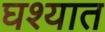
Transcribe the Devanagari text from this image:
घश्यात